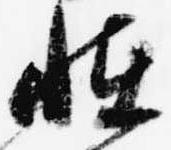
恠